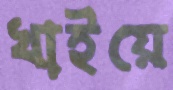
খাইয়ে